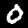
Digit: 0